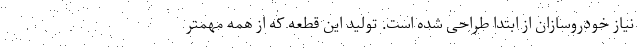
نیاز خودروسازان از ابتدا طراحی شده است. تولید این قطعه که از همه مهمتر